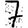
Digit: 7